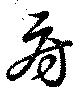
房